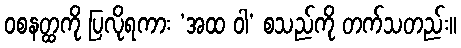
ဝစနတ္ထကို ပြလိုရကား ‘အထ ဝါ’ စသည်ကို တက်သတည်း။